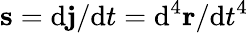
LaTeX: \mathbf{s}=\mathrm{d}\mathbf{j}/\mathrm{d}t=\mathrm{d}^{4}\mathbf{r}/\mathrm{d}t^{4}